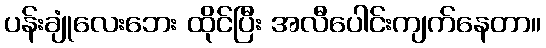
ပန်းချုံလေးဘေး ထိုင်ပြီး အလီပေါင်းကျက်နေတာ။